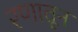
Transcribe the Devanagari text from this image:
रणातून